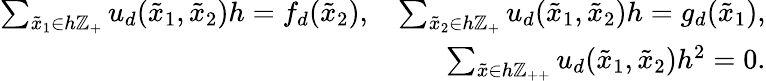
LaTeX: \begin{array}{rcl}{\sum_{\tilde{x}_{1}\in h\mathbb Z_{+}}u_{d}(\tilde{x}_{1},\tilde{x}_{2})h=f_{d}(\tilde{x}_{2}),~~~\sum_{\tilde{x}_{2}\in h\mathbb Z_{+}}u_{d}(\tilde{x}_{1},\tilde{x}_{2})h=g_{d}(\tilde{x}_{1}),}\\ {\sum_{\tilde{x}\in h\mathbb Z_{++}}u_{d}(\tilde{x}_{1},\tilde{x}_{2})h^{2}=0.}\end{array}